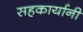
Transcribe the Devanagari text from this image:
सहकार्यानी